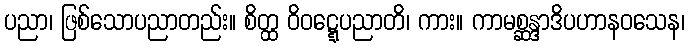
ပညာ၊ ဖြစ်သောပညာတည်း။ စိတ္ထ ဝိဝဋ္ဋေပညာတိ၊ ကား။ ကာမစ္ဆန္ဒာဒိပဟာနဝသေန၊